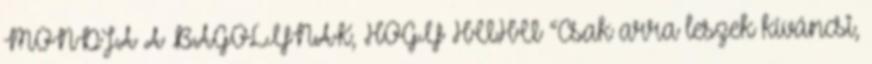
MONDJA A BAGOLYNAK, HOGY HUHU “Csak arra leszek kíváncsi,